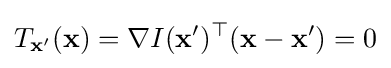
T_{\mathbf {x'} }(\mathbf {x} )=\nabla I(\mathbf {x'} )^{\top }(\mathbf {x} -\mathbf {x'} )=0